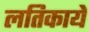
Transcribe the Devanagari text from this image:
लतिकायें